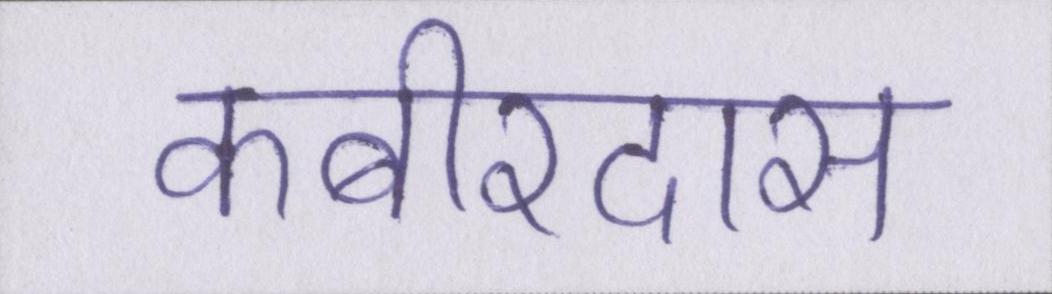
कबीरदास